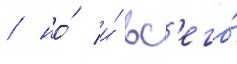
/ но́ и́ вс'его́